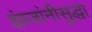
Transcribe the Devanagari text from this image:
इंग्रजांनीसुद्धा